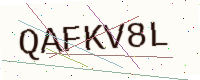
Text: QAFKV8L